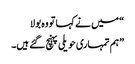
“ میں نے کہا تو وہ بولا
”ہم تمہاری حویلی پہنچ گئے ہیں۔